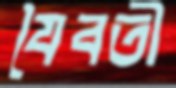
যৈবতী